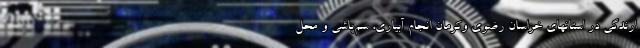
ارندگی در استانهای خراسان رضوی وکرمان انجام آبیاری، سم­پاشی و محل